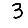
Digit: 3